Report of the Hyderabad Chloroform Commission
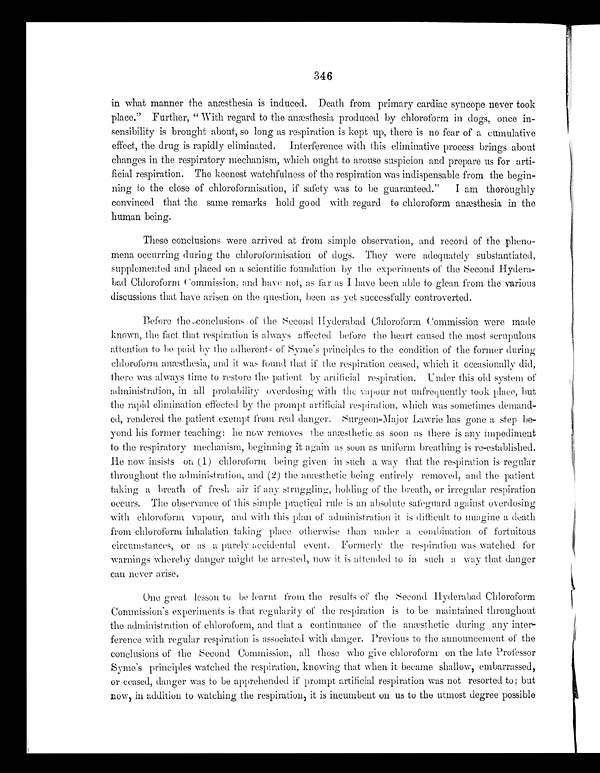
346
in what manner the anæsthesia is induced. Death from primary cardiac syncope never took
place." Further, "With regard to the anæsthesia produced by chloroform in dogs, once in
- s e n s i b i l i t y i s b r o u g h t a b o u t , s o l o n g a s r e s p i r a t i o n i s k e p t u p , t h e r e i s n o f e a r o f a c u m u l a t i v e
effect, the drug is rapidly eliminated. Interference with this eliminative process brings about
changes in the respiratory mechanism, which ought to arouse suspicion and prepare us for arti
-ficial respiration. The keenest watchfulness of the respiration was indispensable from the begin-
ning to the close of chloroformisation, if safety was to be guaranteed." I am thoroughly
convinced that the same remarks hold good with regard to chloroform anæsthesia in the
human being.
These conclusions were arrived at from simple observation, and record of the pheno
- m e n a o c c u r r i n g d u r i n g t h e c h l o r o f o r m i s a t i o n o f d o g s . T h e y w e r e a d e q u a t e l y s u b s t a n t i a t e d ,
supplemented and placed on a scientific foundation by the experiments of the second Hydera
- ba d Chl or of or m Commi s s i on, a nd ha ve not , a s f a r a s I ha ve be e n a bl e t o gl e a n f r om t he va r i ous
discussions that have arisen on the question, been as yet successfully controverted.
Before the conclusions of the Second Hyderabad Chloroform Commission were made
known, the fact that respiration is always affected before the heart caused the most scrupulous
attention to be paid by the adherents of Syme's principles to the condition of the former during
chloroform anæsthesia, and it was found that if the respiration ceased, which it occasionally did,
there was always time to restore the patient by artificial respiration, Under this old system of
administration, in all probability overdosing with the vapour not unfrequently took place, but
the rapid elimination effected by the prompt artificial respiration, which was sometimes demand
-ed, rendered the patient exempt from real danger. Surgeon-Major Lawrie has gone a step be
- y o n d h i s f o r m e r t e a c h i n g : h e n o w r e m o v e s t h e a m æ s t h e t i c a s s o o n a s t h e r e i s a n y i m p e d i m e n t
to the respiratory mechanism, beginning it again as soon as uniform breathing is re-established.
He now insists on (1) chloroform being given in such a way that the respiration is regular
throughout the administration, and (2) the anæsthetic being entirely removed, and the patient
taking a breath of fresh air if any struggling, holding of the breath, or irregular respiration
occurs. The observance of this simple practical rule is an absolute safeguard against overdosing
with chloroform vapour, and with this plan of administration it is difficult to imagine a death
from chloroform inhalation taking place otherwise than under a combination of fortuitous
circumstances, or as a purely accidental event. Formerly the respiration was watched for
warnings whereby danger might be arrested, now it is attended to in such a way that danger
can never arise.
One great lesson to be learnt from the results of the Second Hyderabad Chloroform
Commission 's experiments is that regularity of the respiration is to be maintained throughout
the administration of chloroform, and that a continuance of the anæsthetic during any inter
- f e r e n c e w i t h r e g u l a r r e s p i r a t i o n i s a s s o c i a t e d w i t h d a n g e r . P r e v i o u s t o t h e a n n o u n c e m e n t o f t h e
conclusions of the Second Commission, all those who give chloroform on the late Professor
Syme's principles watched the respiration, knowing that when it became shallow, embarrassed,
or ceased, danger was to be apprehended if prompt artificial respiration was not resorted to; but
now, in addition to watching the respiration, it is incumbent on us to the utmost degree possible